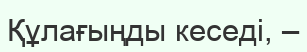
Құлағыңды кеседi, –